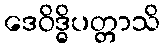
ဒေဝိဒ္ဓိပတ္တာသိ